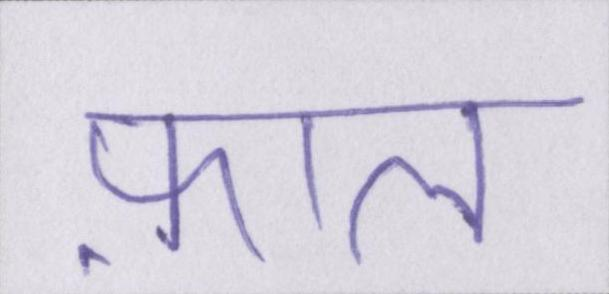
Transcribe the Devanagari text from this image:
फ़ाल